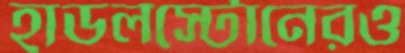
হাডলস্টোনেরও